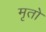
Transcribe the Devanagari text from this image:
मृतो